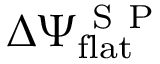
\Delta \Psi _ { \mathrm { f l a t } } ^ { \mathrm { ~ S ~ P ~ } }